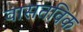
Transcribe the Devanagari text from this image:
वासतविक